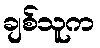
ချစ်သူက